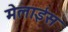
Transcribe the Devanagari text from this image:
मेलाईस